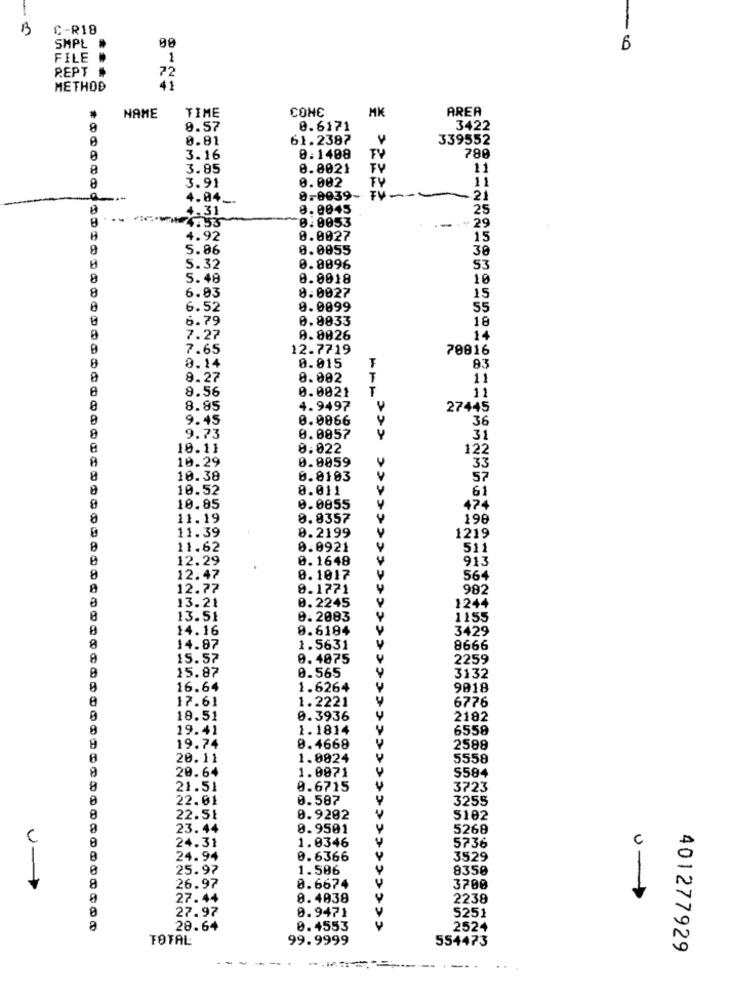
B
C-R18
08
SHPL
- 0
FILE
1
REPT
72
METHOD
41
TIME
CONC
MK
AREA
NAME
0.57
0.6171
3422
0.81
61.2387
339552
0
3.16
0.1408
FV
780
8
3.85
0.0021
FU
11
3.91
0.002
FU
11
a
4.84_
0,0039-
- 21
4-31
8.0045
25
8
0:0053
--
+# 29
4.92
0.0027
15
8
5.86
0.0055
30
5.32
0.8096
53
8
5.48
0.0018
10
8
6.83
8.0027
15
6.52
0.0099
55
0
6.79
0.8033
18
7.27
9.8026
7.65
12.7719
70816
8
0.015
8.14
93
8.27
8.002
T
11
8.56
0.0021
T
11
8.85
4.9497
27445
9.45
0.0066
36
8
9.73
0.0857
4
31
10.11
8.022
122
10.29
0.8059
33
8
10.38
0.8103
57
10.52
8.011
61
474
8
10.85
0.0855
11.19
8.8357
198
11.39
8.2199
1219
8
11.62
0.0921
511
12.29
0.1648
913
8
12.47
0.1017
564
12.77
8.1771
982
0.2245
1244
13.21
8
13.51
0.2083
1155
14.16
0.6184
3429
8
14.87
1.5631
8666
9
15.57
8.4075
2259
15.87
0.565
3132
16.64
1.6264
9018
17.61
1.2221
6776
18.51
0.3936
2182
19.41
1.1814
6558
19.74
8.4668
2588
20.11
1.0824
5558
20.64
1.0071
5584
8
21.51
0.6715
3723
22.01
0.587
3255
22.51
0.9202
5102
23.44
8.9501
5268
C
24.31
1.0346
5736
24.94
0.6366
3529
25.97
1.506
8358
8
26.97
0.6674
3708
27.44
8.4938
2238
0-
27.97
C
0.9471
5251
28.64
0.4553
2524
TOTAL
99.9999
554473
401277929
-----
-- .